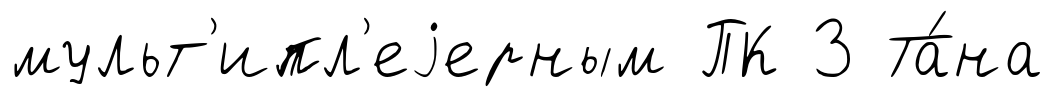
мульт'ипл'еjерным ПК 3 Та́на